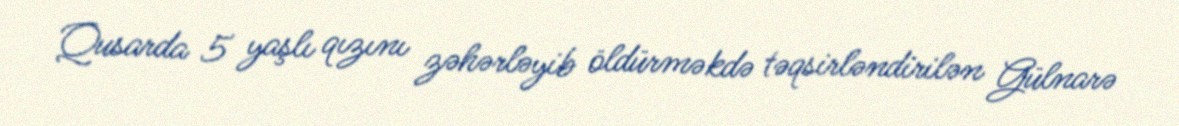
Qusarda 5 yaşlı qızını zəhərləyib öldürməkdə təqsirləndirilən Gülnarə